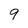
Character: 9